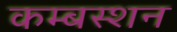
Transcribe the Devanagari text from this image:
कम्बस्शन